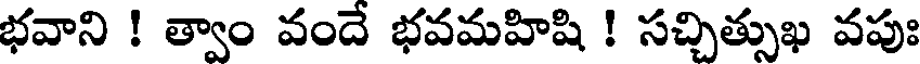
భవాని ! త్వాం వందే భవమహిషి ! సచ్చిత్సుఖ వపుః